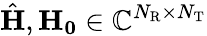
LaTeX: \hat{\mathbf{H}},\mathbf{H_{0}}\in\mathbb{C}^{N_{\mathrm{R}}\times N_{\mathrm{T}}}